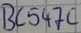
Text: BC547C